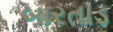
બારતાડ